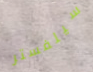
سيلفستر